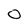
Character: 0